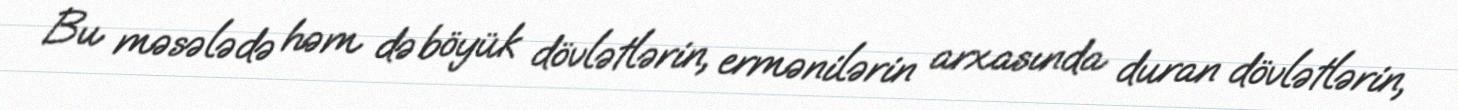
Bu məsələdə həm də böyük dövlətlərin, ermənilərin arxasında duran dövlətlərin,